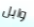
وابل